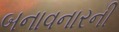
બનાવનારની